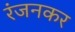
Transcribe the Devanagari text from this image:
रंजनकर